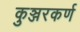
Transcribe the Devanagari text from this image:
कुञ्जरकर्ण